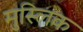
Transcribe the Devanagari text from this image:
मुस्लिक